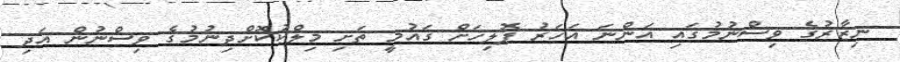
ނިޒާރުގެ ވިސްނުމުގައި އަންނަ އަހަރު ޕޮލިހަށް ގައުމީ ތަށި މިލްކުކޮށްދިނުމުގެ ވިސްނުން އަދި